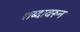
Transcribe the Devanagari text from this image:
शब्‍दावरून